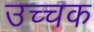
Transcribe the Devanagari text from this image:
उच्चक